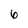
Character: 6